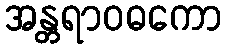
အန္တရာဝဓကော